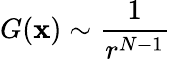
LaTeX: G(\mathbf{x})\sim\frac{1}{r^{N-1}}